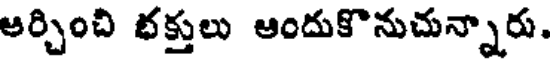
అర్చించి భక్తులు ఆందుకొనుచున్నారు.